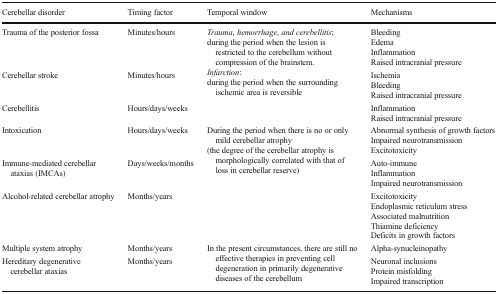
<table><thead><tr><td><b>Cerebellar disorder</b></td><td><b>Timing factor</b></td><td><b>Temporal window</b></td><td><b>Mechanisms</b></td></tr></thead><tbody><tr><td>Trauma of the posterior fossa</td><td>Minutes/hours</td><td rowspan="3"><i>Trauma</i>, <i>hemorrhage</i>, <i>and cerebellitis</i>;during the period when the lesion is restricted to the cerebellum without compression of the brainstem.<i>Infarction</i>:during the period when the surrounding ischemic area is reversible</td><td>BleedingEdemaInflammationRaised intracranial pressure</td></tr><tr><td>Cerebellar stroke</td><td>Minutes/hours</td><td>IschemiaBleedingRaised intracranial pressure</td></tr><tr><td>Cerebellitis</td><td>Hours/days/weeks</td><td>InflammationRaised intracranial pressure</td></tr><tr><td>Intoxication</td><td>Hours/days/weeks</td><td rowspan="3">During the period when there is no or only mild cerebellar atrophy(the degree of the cerebellar atrophy is morphologically correlated with that of loss in cerebellar reserve)</td><td>Abnormal synthesis of growth factorsImpaired neurotransmissionExcitotoxicity</td></tr><tr><td>Immune-mediated cerebellar ataxias (IMCAs)</td><td>Days/weeks/months</td><td>Auto-immuneInflammationImpaired neurotransmission</td></tr><tr><td>Alcohol-related cerebellar atrophy</td><td>Months/years</td><td>ExcitotoxicityEndoplasmic reticulum stressAssociated malnutritionThiamine deficiencyDeficits in growth factors</td></tr><tr><td>Multiple system atrophy</td><td>Months/years</td><td rowspan="2">In the present circumstances, there are still no effective therapies in preventing cell degeneration in primarily degenerative diseases of the cerebellum</td><td>Alpha-synucleinopathy</td></tr><tr><td>Hereditary degenerative cerebellar ataxias</td><td>Months/years</td><td>Neuronal inclusionsProtein misfoldingImpaired transcription</td></tr></tbody></table>